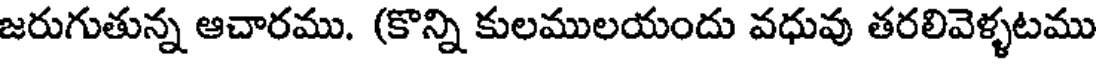
జరుగుతున్న ఆచారము. (కొన్ని కులములయందు వధువు తరలివెళ్ళటము